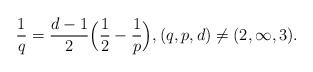
LaTeX: \begin{align*}\frac1q = \frac{d-1}{2} \Bigl(\frac12 - \frac1p \Bigr), (q,p,d) \not=(2,\infty,3).\end{align*}